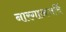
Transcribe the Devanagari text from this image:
नारगाअजर्नि